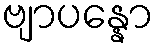
ဗျာပန္နော